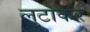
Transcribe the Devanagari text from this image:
लुटाकर